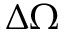
\Delta \Omega